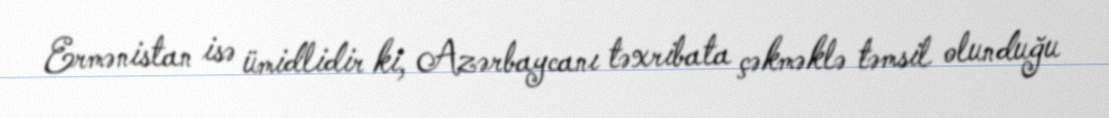
Ermənistan isə ümidlidir ki, Azərbaycanı təxribata çəkməklə təmsil olunduğu